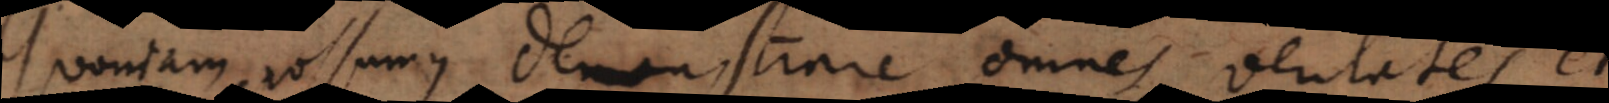
Quoniam possumus demonstrare omnes veritates etsi